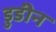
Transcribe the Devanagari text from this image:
डुडीन